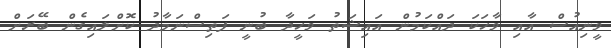
ވީނިއުސް އާއި ވާހަކަ ދައްކަމުން އައިޝަތު ވަހީދާ ބުނީ ފަތިސްނަމާދު ކޮށްލައިގެން ބޭރަށް